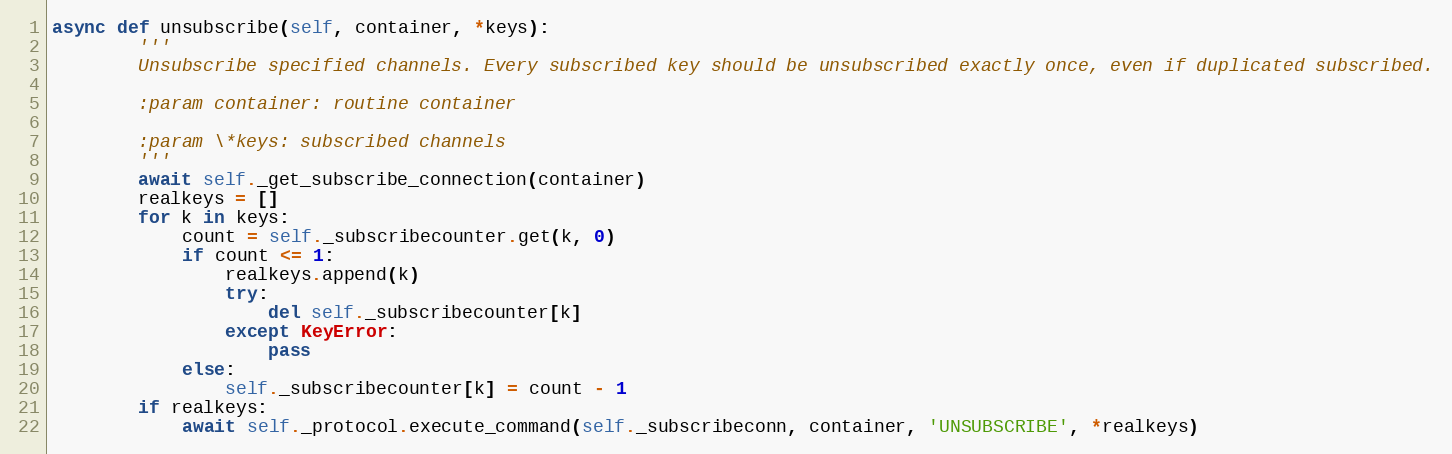
Language: Python
async def unsubscribe(self, container, *keys):
        '''
        Unsubscribe specified channels. Every subscribed key should be unsubscribed exactly once, even if duplicated subscribed.

        :param container: routine container

        :param \*keys: subscribed channels
        '''
        await self._get_subscribe_connection(container)
        realkeys = []
        for k in keys:
            count = self._subscribecounter.get(k, 0)
            if count <= 1:
                realkeys.append(k)
                try:
                    del self._subscribecounter[k]
                except KeyError:
                    pass
            else:
                self._subscribecounter[k] = count - 1
        if realkeys:
            await self._protocol.execute_command(self._subscribeconn, container, 'UNSUBSCRIBE', *realkeys)